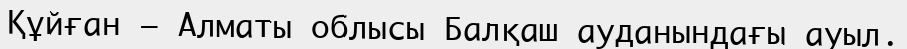
Құйған – Алматы облысы Балқаш ауданындағы ауыл.